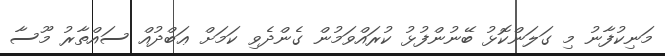
މަނިކުފާނު މި ގަލަންކޮޅު ބޭނުންފުޅު ކުރައްވަމުން ގެންދެވި ކަމަށް ޢަބްދުއް ސައްތާރު މޫސާ